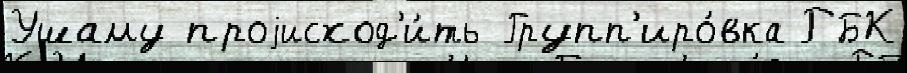
Ушаму проjисход'и́ть Групп'иро́вка РБК